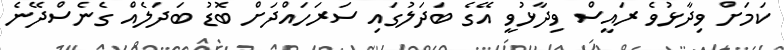
ކަމަށް ވިދާޅުވެ ރައީސް ވިދާޅުވީ އޭގެ ބަދަލުގައި ސަރަހައްދަށް ބޮޑު ބަދަލެއް ގެނެސްދޭނެ